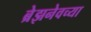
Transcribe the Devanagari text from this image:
ब्रेझनेवच्या